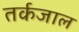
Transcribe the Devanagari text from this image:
तर्कजाल